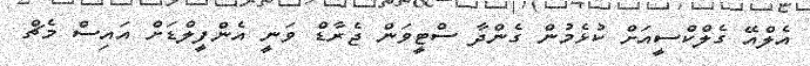
އެލްއޭ ގެލްކްސީއަށް ކުޅެމުން ގެންދާ ސްޓީވަން ޖެރާޑް ވަނީ އެންފީލްޑަށް އައިސް މެޗް